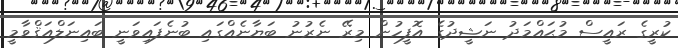
ކުރީގެ ރައީސް މުޙައްމަދު ނަޝީދުގެ އޮފީހުން މިރޭ ނެރުނު ބަޔާނެއްގައި ބުނެފައިވަނީ ބައިނަލްއަޤްވާމީ